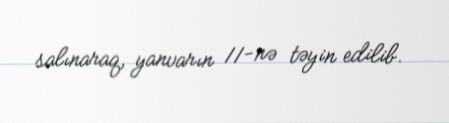
salınaraq, yanvarın 11-nə təyin edilib.